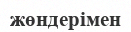
жөндерімен